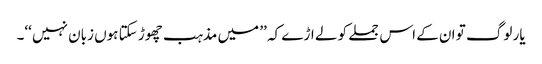
یار لوگ تو ان کے اس جملے کو لے اڑے کہ ’’ میں مذہب چھوڑ سکتا ہوں زبان نہیں ‘‘۔